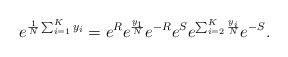
LaTeX: \begin{align*}e^{\frac{1}{N}\sum_{i=1}^K y_i}=e^Re^{\frac{y_1}{N}}e^{-R}e^Se^{\sum_{i=2}^K\frac{y_i}{N}}e^{-S}.\end{align*}